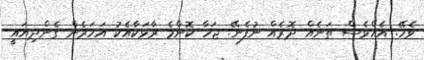
ވެހޭ. އެއްވެސް ތަނެއް ދޮރެއް ނުފެނޭ. ޖަހާ ކޮންމެ ރާޅަކާއެކު އަހަރެން ގެންދިޔައީ